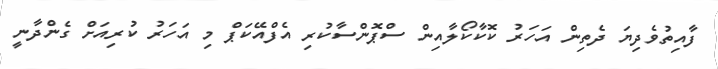
ފާއިތުވެދިޔަ ދެތިން އަހަރު ކޮކާކޯލާއިން ސްޕޮންސާކުރި އެފްއޭކަޕް މި އަހަރު ކުރިއަށް ގެންދާނީ